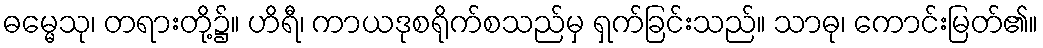
ဓမ္မေသု၊ တရားတို့၌။ ဟိရီ၊ ကာယဒုစရိုက်စသည်မှ ရှက်ခြင်းသည်။ သာဓု၊ ကောင်းမြတ်၏။